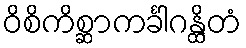
ဝိစိကိစ္ဆာကင်္ခါဂန္ထိတံ